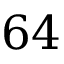
6 4